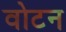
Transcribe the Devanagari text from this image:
वोटन